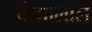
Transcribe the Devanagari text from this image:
कंगालाल